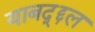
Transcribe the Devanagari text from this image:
याबद्द्दल